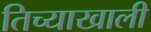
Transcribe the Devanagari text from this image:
तिच्याखाली